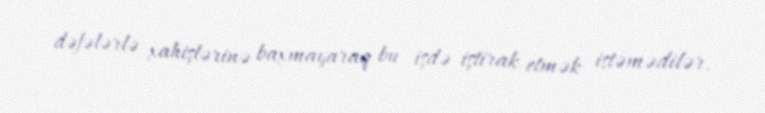
dəfələrlə xahişlərinə baxmayaraq bu işdə iştirak etmək istəmədilər.